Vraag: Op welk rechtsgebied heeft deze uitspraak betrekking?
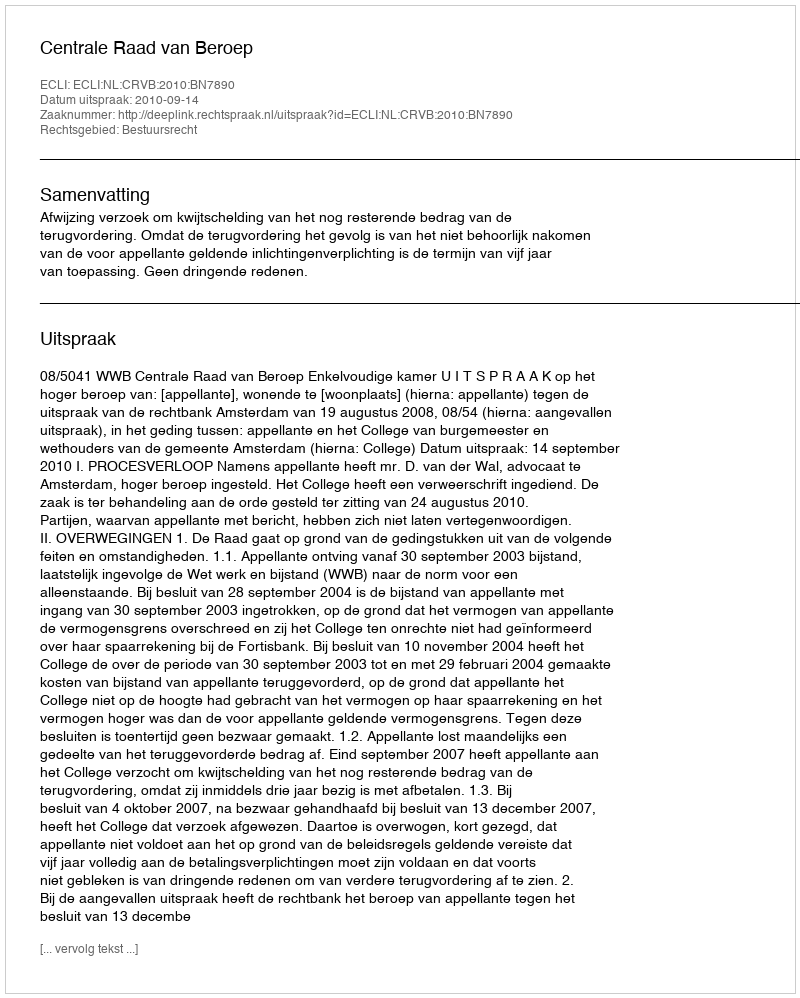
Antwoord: Bestuursrecht